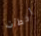
أخطأت